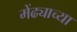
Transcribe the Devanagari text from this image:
मेंढ्याच्या